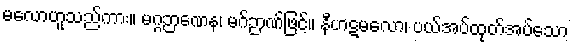
မလောဟူသည်ကား။ မဂ္ဂဉာဏေန၊ မဂ်ဉာဏ်ဖြင့်။ နီဟဋမလော၊ ပယ်အပ်ထုတ်အပ်သော